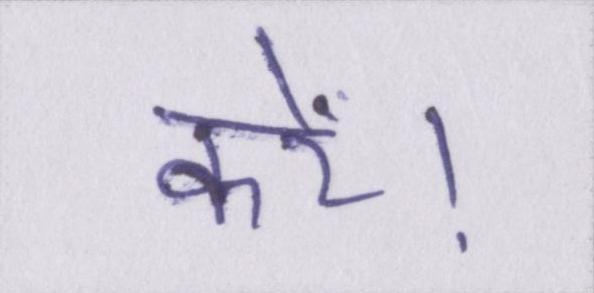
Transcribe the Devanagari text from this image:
करें।